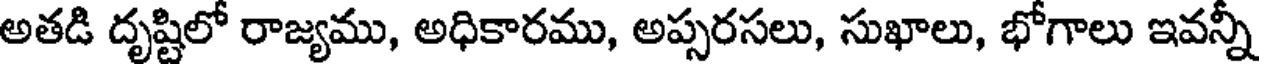
అతడి దృష్టిలో రాజ్యము, అధికారము, అప్సరసలు, సుఖాలు, భోగాలు ఇవన్ని